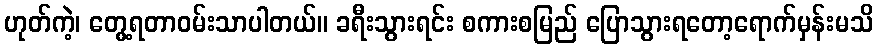
ဟုတ်ကဲ့၊ တွေ့ရတာဝမ်းသာပါတယ်။ ခရီးသွားရင်း စကားစမြည် ပြောသွားရတော့ရောက်မှန်းမသိ